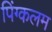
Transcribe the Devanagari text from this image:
पिंग्कलम